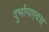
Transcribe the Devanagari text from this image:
दुर्भाग्यएवश